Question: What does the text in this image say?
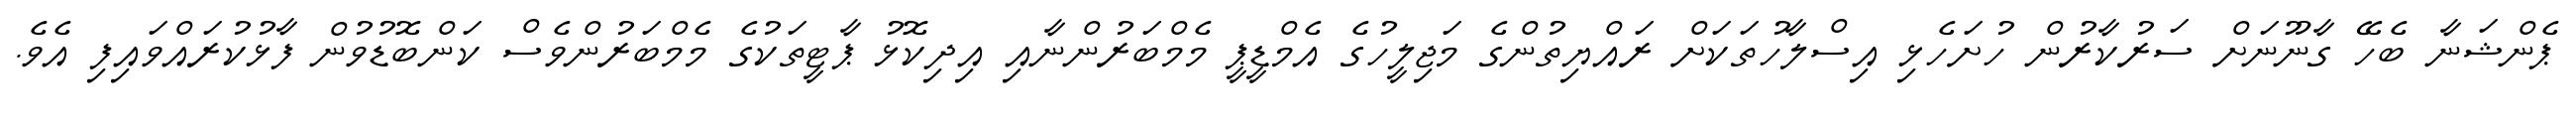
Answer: ޕެންޝަނާ ބެހޭ ގާނޫނަށް ސަރުކާރުން ހުށަހެޅި އިސްލާހުތަކަށް ރައްޔިތުންގެ މަޖިލީހުގެ އެމްޑީޕީ މެމްބަރުންނާއި އިދިކޮޅު ޕާޓީތަކުގެ މެމްބަރުންވެސް ކަންބޮޑުވުން ފާޅުކުރައްވައިފި އެވެ.